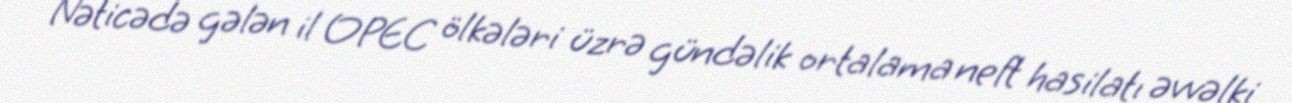
Nəticədə gələn il OPEC ölkələri üzrə gündəlik ortalama neft hasilatı əvvəlki